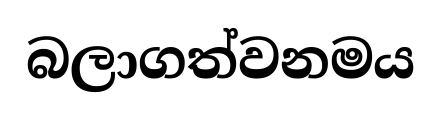
බලාගත්වනමය